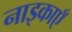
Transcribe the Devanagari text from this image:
नाइकाएँ